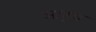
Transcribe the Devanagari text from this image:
आर्घ